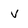
Character: V